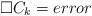
LaTeX: \begin{align*}\Box C_k = error \end{align*}